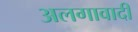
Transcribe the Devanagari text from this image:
अलगावादी